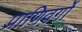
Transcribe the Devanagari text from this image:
प्राणिवर्गों